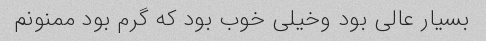
بسیار عالی بود وخیلی خوب بود که گرم بود ممنونم